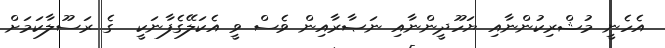
އެހެނީ މުޝްރިކުންނާއި ޔަހޫދީންނާއި ނަޞާރާއިން ވެސް ވީ އެކަލޭގެފާނަކީ  ގެ ރަސޫލާކަމަށް